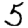
Digit: 5